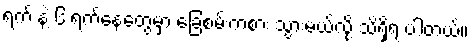
ရက် နဲ့ ၆ ရက်နေ့တွေမှာ ခြေစမ်းကစား သွားမယ်လို့ သိရှိရ ပါတယ်။